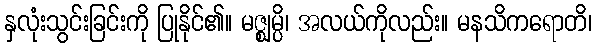
နှလုံးသွင်းခြင်းကို ပြုနိုင်၏။ မဇ္ဈမ္ပိ၊ အလယ်ကိုလည်း။ မနသိကရောတိ၊